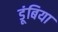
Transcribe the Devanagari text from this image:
डूंबिया